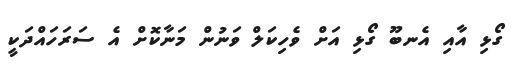
ގޯޅި އާއި އެނބޫ ގޯޅި އަށް ވެހިކަލް ވަނުން މަނާކޮށް އެ ސަރަހައްދަކީ